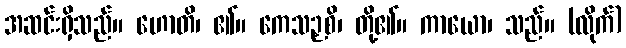
အဆင်းရှိသည်။ ဟောတိ၊ ၏။ ကေသဉှစိ၊ တို့၏။ ကာယော၊ သည်။ (လိုက်)